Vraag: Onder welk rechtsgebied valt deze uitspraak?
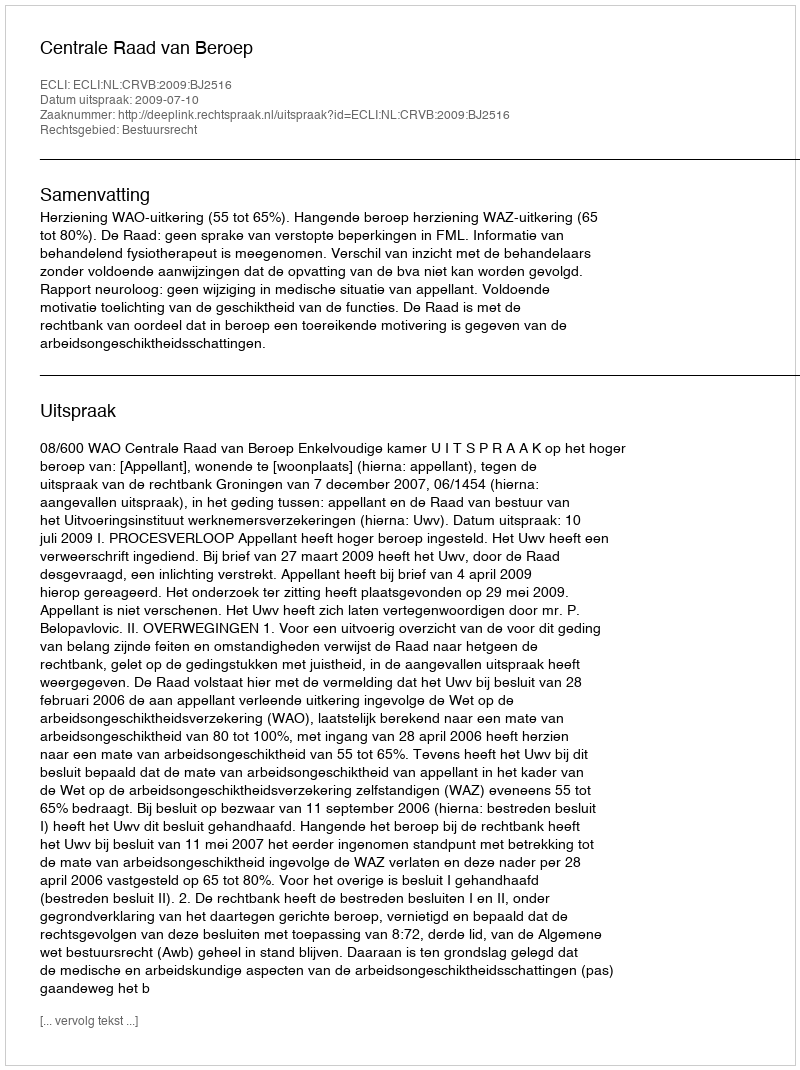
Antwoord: Bestuursrecht